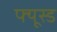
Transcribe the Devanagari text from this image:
फ्यूस्ड